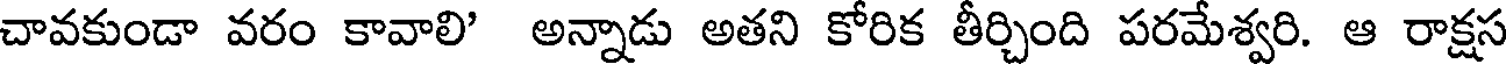
చావకుండా వరం కావాలి' అన్నాడు అతని కోరిక తీర్చింది పరమేశ్వరి. ఆ రాక్షస